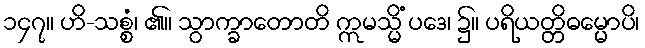
၁၄၇။ ဟိ-သစ္စံ၊ ၏။ သွာက္ခာတောတိ ဣမသ္မိံ ပဒေ၊ ၌။ ပရိယတ္တိဓမ္မောပိ၊